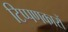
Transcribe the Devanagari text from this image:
टिप्पणकारों